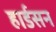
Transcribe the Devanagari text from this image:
हार्डसन